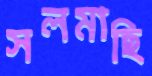
সলমাছি